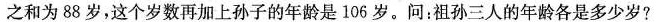
之和为88岁，这个岁数再加上孙子的年龄是106岁。问：祖孙三人的年龄各是多少岁?